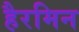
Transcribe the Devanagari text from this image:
हैरमिन